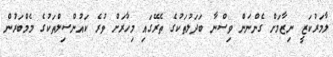
ލާމަރުކަޒީ ނިޒާމަށް ގެންނަން ވިސްނާ ބަދަލުތަކުގެ ތެރޭގައި މިހާރަށް ވުރެ ކައުންސިލްތަކުގެ މެމްބަރުން